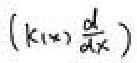
$(k(x)\frac{d}{dx})$